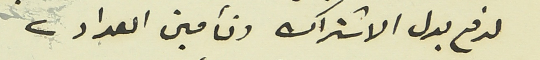
لدفع بدل الاشتراك وتأمين العداد.